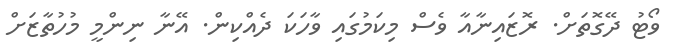
ވޯޓު ދޭގޮތަށް. ރޮޒައިނާއާ ވެސް މިކަމުގައި ވާހަކަ ދެއްކިން. އޭނާ ނިންމީ މުހުތާޒަށް